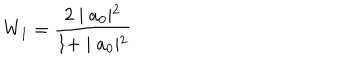
W _ { 1 } = \frac { 2 \mid a _ { 0 } \mid ^ { 2 } } { 1 + \mid a _ { 0 } \mid ^ { 2 } }